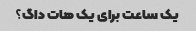
یک ساعت برای یک هات داگ؟